Reports on dispensaries and lunatic asylums in the Province of Oudh - 1869-1876
Year: 1869
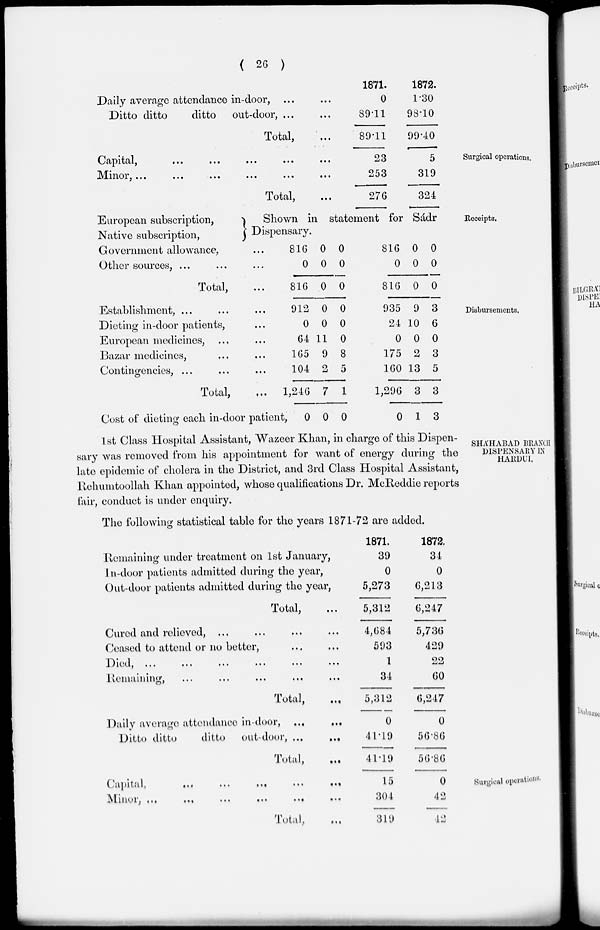
( 26 )
Daily average attendance in-door, ... ...
Ditto ditto
ditto
out-door, ... ...
Total, ...
1871.
0
89.11
89.11
1872.
1.30
98.10
99.40
Surgical operations.
Capital, ... ... ... ... ...
Minor, ... ... ... ... ... ...
Total, ...
23
253
276
5
319
324
Receipts.
European subscription,
Native subscription,
Government allowance,
Other sources, ... ...
Total, ...
Shown in statement for Sádr
Dispensary.
816
0
816
0
0
0
0
0
0
816
0
816
0
0
0
0
0
0
Disbursements.
Establishment, ... ... ...
Dieting in-door patients, ...
European medicines, ... ...
Bazar medicines, ... ...
Contingencies, ...
Total, ...
Cost of dieting each in-door patient,
912
0
64
165
104
1,246
0
0
0
11
9
2
7
0
0
0
0
8
5
1
0
935
24
0
175
160
1,296
0
9
10
0
2
13
3
1
3
6
0
3
5
3
3
SHÁHABAD BRANCH
DISPENSARY IN
HARDUI.
1st Class Hospital Assistant, Wazeer Khan, in charge of this Dispen-
sary was removed from his appointment for want of energy during the
late epidemic of cholera in the District, and 3rd Class Hospital Assistant,
Rehumtoollah Khan appointed, whose qualifications Dr. McReddie reports
fair, conduct is under enquiry.
The following statistical table for the years 1871-72 are added.
Remaining under treatment on 1st January,
In-door patients admitted during the year,
Out-door patients admitted during the year,
Total, ...
Cured and relieved, ... ... ... ...
Ceased to attend or no better, ... ...
Died, ... ... ... ... ... ... ...
Remaining, ... ... ... ... ...
Total,
...
Daily average attendance in-door,
...
...
Ditto ditto
ditto
out door, ... ...
Total,
...
1871.
39
0
5,273
5,312
4,684
593
1
34
5,312
0
41.19
41.19
1872.
34
0
6,213
6,247
5,736
429
22
60
6,247
0
56.86
56.86
Surgical operations.
Capital,
...
...
...
...
...
Minor,
...
...
...
...
...
...
Total, ...
15
304
319
0
42
42